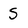
Character: S